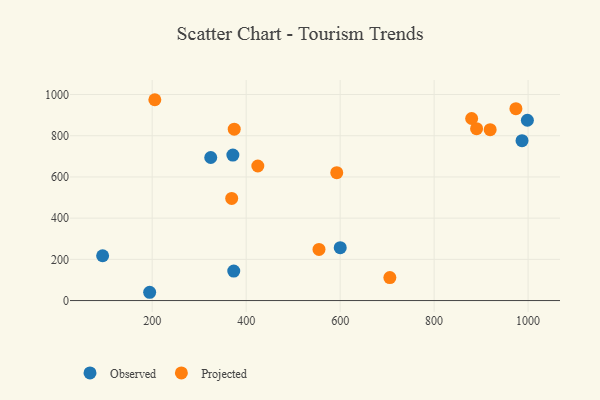
{"axis": {"x": "Experience", "y": "Salary"}, "legend": ["Observed", "Projected"], "data": [{"x": "600.2", "y": 256.7, "type": "Observed"}, {"x": "987.1", "y": 776.0, "type": "Observed"}, {"x": "94.5", "y": 217.5, "type": "Observed"}, {"x": "194.6", "y": 40.2, "type": "Observed"}, {"x": "324.6", "y": 694.3, "type": "Observed"}, {"x": "998.5", "y": 875.1, "type": "Observed"}, {"x": "373.6", "y": 143.3, "type": "Observed"}, {"x": "371.7", "y": 706.2, "type": "Observed"}, {"x": "374.6", "y": 831.7, "type": "Projected"}, {"x": "890.4", "y": 834.2, "type": "Projected"}, {"x": "369.2", "y": 495.6, "type": "Projected"}, {"x": "592.8", "y": 620.6, "type": "Projected"}, {"x": "974.1", "y": 931.4, "type": "Projected"}, {"x": "555.0", "y": 248.3, "type": "Projected"}, {"x": "705.8", "y": 111.5, "type": "Projected"}, {"x": "879.9", "y": 883.7, "type": "Projected"}, {"x": "919.3", "y": 829.4, "type": "Projected"}, {"x": "424.8", "y": 653.0, "type": "Projected"}, {"x": "205.6", "y": 974.8, "type": "Projected"}]}